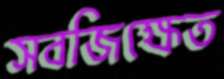
সবজিক্ষেত